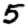
Digit: 5